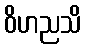
ဝိဟညသိ